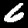
Label: 6